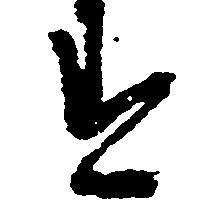
す